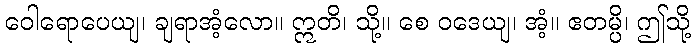
ဝေါရောပေယျ၊ ချရာအံ့လော။ ဣတိ၊ သို့။ စေ ဝဒေယျ၊ အံ့။ ဧတမ္ပိ၊ ဤသို့